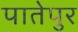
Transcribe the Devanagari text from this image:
पातेपुर